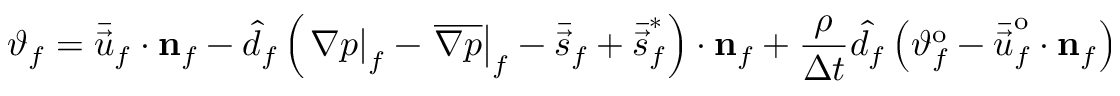
\vartheta _ { f } = \bar { \vec { u } } _ { f } \cdot \mathbf { { n } } _ { f } - \hat { d } _ { f } \left( \left. \nabla p \right| _ { f } - \left. \overline { { \nabla p } } \right| _ { f } - \bar { \vec { s } } _ { f } + \bar { \vec { s } } _ { f } ^ { * } \right) \cdot \mathbf { { n } } _ { f } + \frac { \rho } { \Delta t } \hat { d _ { f } } \left( \vartheta _ { f } ^ { \mathrm { o } } - \bar { \vec { u } } _ { f } ^ { \mathrm { o } } \cdot \mathbf { { n } } _ { f } \right)